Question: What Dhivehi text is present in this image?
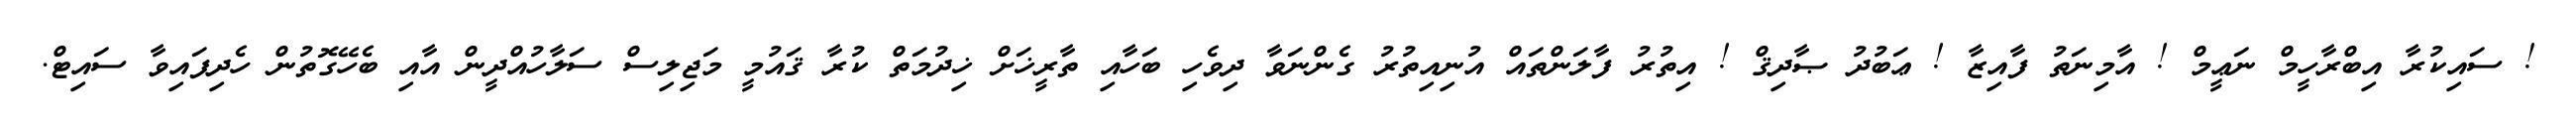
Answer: ! ސައިކުރާ އިބްރާހީމް ނަޢީމް ! އާމިނަތު ފާއިޒާ ! ޢަބުދު ޞާދިޤް ! އިތުރު ފާލަންތައް އުނިއިތުރު ގެންނަވާ ދިވެހި ބަހާއި ތާރީޚަށް ޚިދުމަތް ކުރާ ޤައުމީ މަޖިލިސް ސަލާހުއްދީން އާއި ބެހޭގޮތުން ހެދިފައިވާ ސައިޓް.